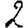
Digit: 2